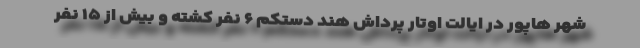
شهر هاپور در ایالت اوتار پرداش هند دستکم ۶ نفر کشته و بیش از ۱۵ نفر